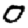
Digit: 0